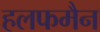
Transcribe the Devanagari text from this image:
हलफमैन